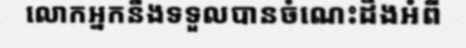
លោកអ្នកនឹងទទួលបានចំណេះដឹងអំពី